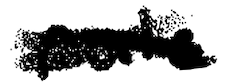
Text: rule
Cross-out: cross
Writing tool: digital_black